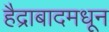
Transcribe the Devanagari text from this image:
हैद्राबादमधून